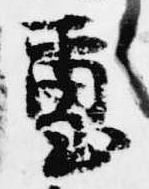
璽